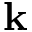
\textbf { k }